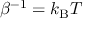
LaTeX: \beta ^ { - 1 } = k _ { \mathrm { { B } } } T